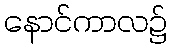
နောင်ကာလ၌